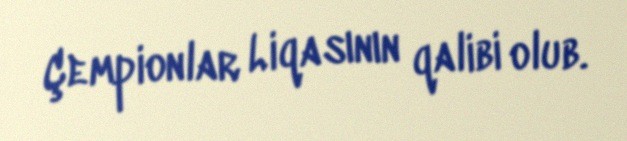
Çempionlar Liqasının qalibi olub.